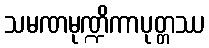
သမဏမုဏ္ဍိကာပုတ္တဿ